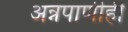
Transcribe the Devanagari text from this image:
अन्नपाणीही